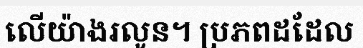
លើយ៉ាងរលូន។ ប្រភពដដែល